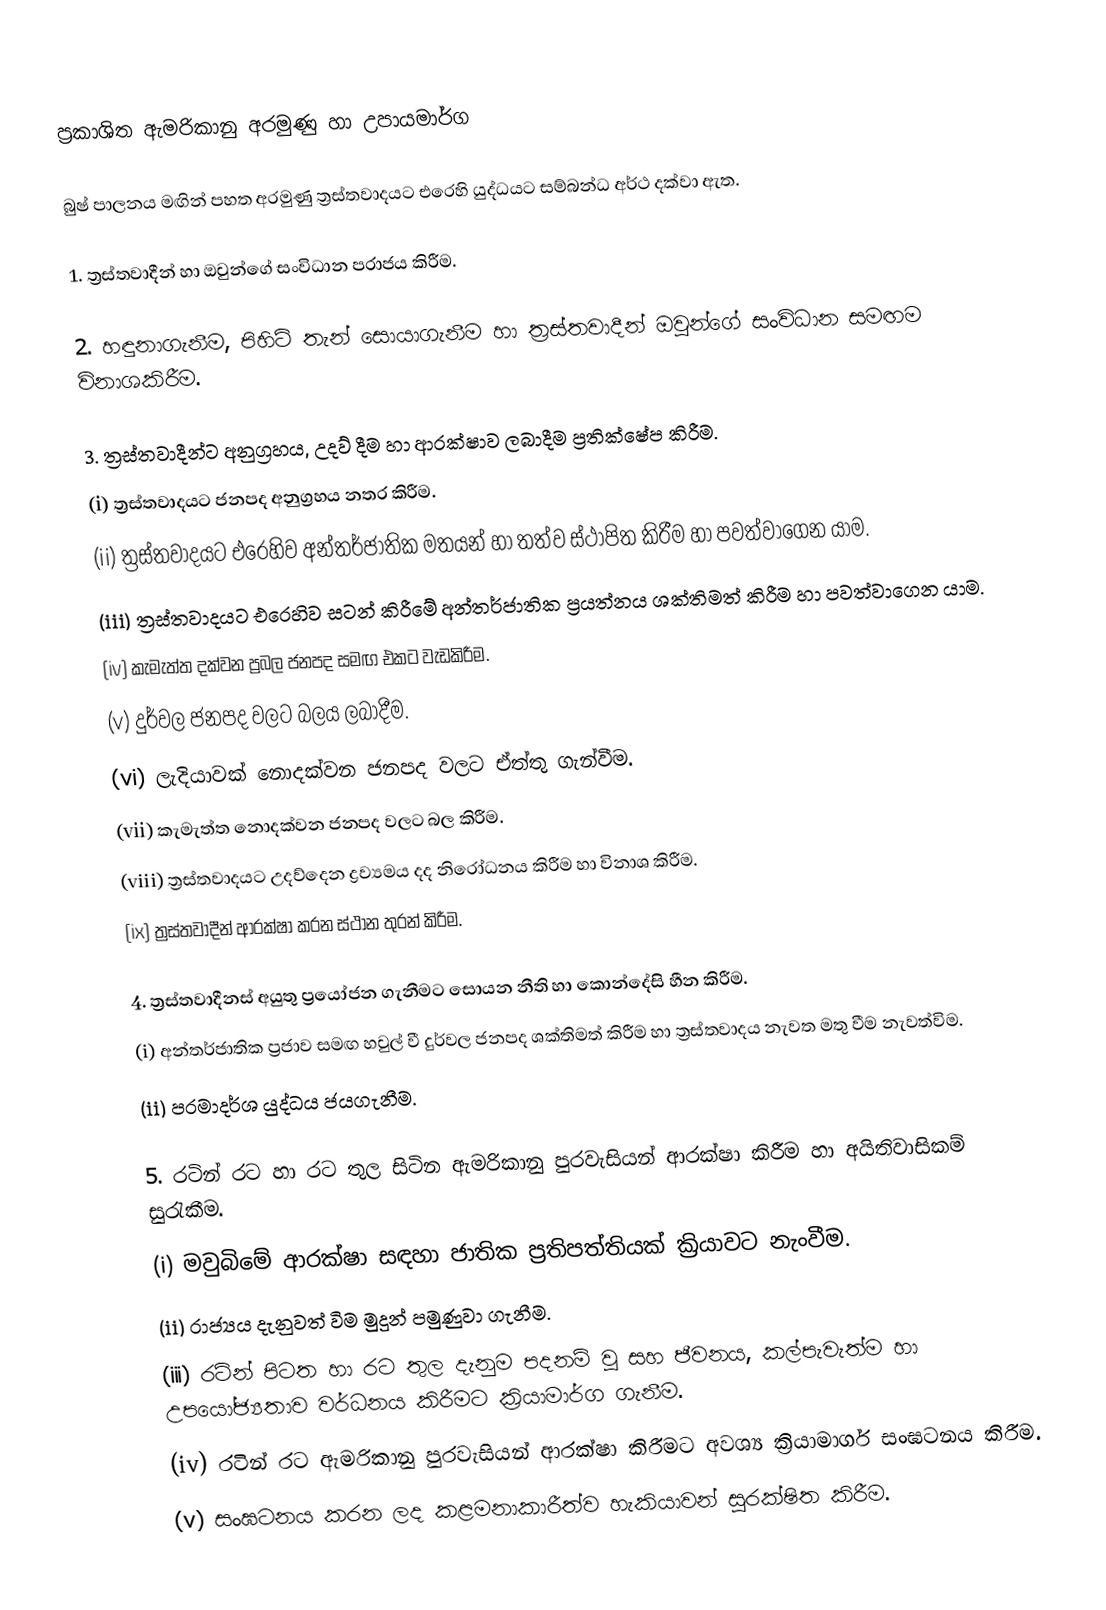
ප්‍රකාශිත ඇමරිකානු අරමුණු හා උපායමාර්ග

බුෂ් පාලනය මඟින් පහත අරමුණු ත්‍රස්තවාදයට එරෙහි යුද්ධයට සම්බන්ධ අර්ථ දක්වා ඇත.

1.‍	ත්‍රස්තවාදීන් හා ඔවුන්ගේ සංවිධාන පරාජය කිරීම.

2.	හඳුනාගැනීම, පිහිටි තැන් සොයාගැනීම හා ත්‍රස්තවාදීන් ඔවුන්ගේ සංවිධාන සමඟම විනාශකිරීම.

3.	ත්‍රස්තවාදීන්ට අනුග්‍රහය, උදව් දීම හා ආරක්ෂාව ලබාදීම ප්‍රතික්ෂේප කිරීම.
	(i)	ත්‍රස්තවාදයට ජනපද අනුග්‍රහය නතර කිරීම.
	(ii)	ත්‍රස්තවාදයට එරෙහිව අන්තර්ජාතික මතයන් හා තත්ව ස්ථාපිත කිරීම හා පවත්වාගෙන යාම.
	(iii)	ත්‍රස්තවාදයට එරෙහිව සටන් කිරීමේ අන්තර්ජාතික ප්‍රයත්නය ශක්තිමත් කිරීම හා පවත්වාගෙන යාම.
	(iv)	කැමැත්ත දක්වන ප්‍රබල ජනපද සමඟ එකට වැඩකිරීම.
	(v)	දුර්වල ජනපද වලට බලය ලබාදීම.
	(vi)	ලැදියාවක් නොදක්වන ජනපද වලට ඒත්තු ගැන්වීම.
	(vii)	කැමැත්ත නොදක්වන ජනපද වලට බල කිරීම.
	(viii)	ත්‍රස්තවාදයට උදව්දෙන ද්‍රව්‍යමය දද නිරෝධනය කිරීම හා විනාශ කිරීම.
	(ix)	ත්‍රස්තවාදීන් ආරක්ෂා කරන ස්ථාන තුරන් කිරීම.

4.	ත්‍රස්තවාදීනස් අයුතු ප්‍රයෝජන ගැනීමට සොයන නීති හා කොන්දේසි හීන කිරීම.
	(i)	අන්තර්ජාතික ප්‍රජාව සමඟ හවුල් වී දුර්වල ජනපද ශක්තිමත් කිරීම හා ත්‍රස්තවාදය නැවත මතු වීම නැවත්විම.
	(ii)	පරමාදර්ශ යුද්ධය ජයගැනීම.

5.	රටින් රට හා රට තුල සිටින ඇමරිකානු පුරවැසියන් ආරක්ෂා කිරීම හා අයිතිවාසිකම් සුරැකීම.
	(i)	මවු‍බිමේ ආරක්ෂා සඳහා ජාතික ප්‍රතිපත්තියක් ක්‍රියාවට නැංවීම.
	(ii)	රාජ්‍යය දැනුවත් විම මුදුන් පමුණුවා ගැනීම.
	(iii)	රටින් පිටත හා රට තුල දැනුම පදනම් වූ සහ ජීවනය, කල්පැවැත්ම හා උපයෝජ්‍යතාව වර්ධනය කිරීමට ක්‍රියාමාර්ග ගැනීම.
	(iv)	රටින් රට ඇමරිකානු පුරවැසියන් ආරක්ෂා කිරීමට අවශ්‍ය ක්‍රියාමාර්ග සංඝටනය කිරීම.
	(v)	සංඝටනය කරන ලද කළමනාකාරීත්ව හැකියාවන් සුරක්ෂිත කිරීම.